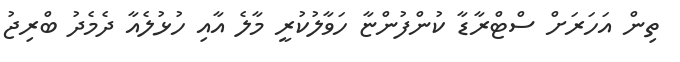
ތިން އަހަރަށް ސްޓްރާޑާ ކުންފުންޏާ ހަވާލުކުރީ މާލެ އާއި ހުޅުލެއާ ދެމެދު ބްރިޖު